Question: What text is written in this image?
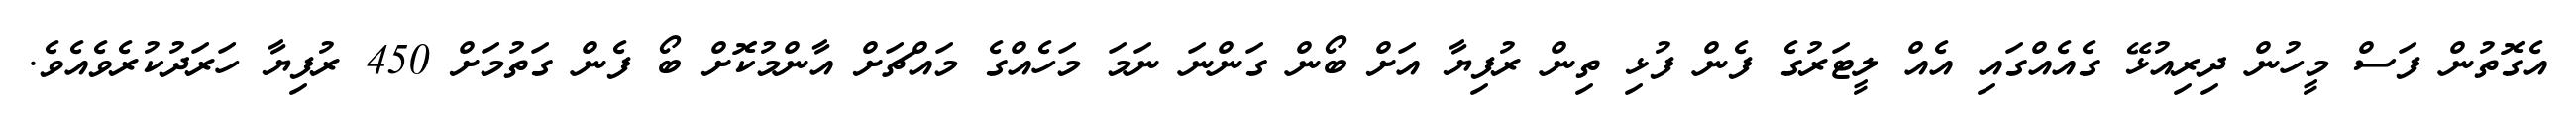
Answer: އެގޮތުން ފަސް މީހުން ދިރިއުޅޭ ގެއެއްގައި އެއް ލީޓަރުގެ ފެން ފުޅި ތިން ރުފިޔާ އަށް ބޯން ގަންނަ ނަމަ މަހެއްގެ މައްޗަށް އާންމުކޮށް ބޯ ފެން ގަތުމަށް 450 ރުފިޔާ ހަރަދުކުރެވެއެވެ.